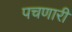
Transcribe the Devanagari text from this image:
पचणारी